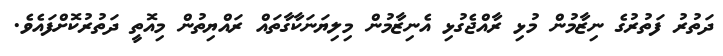
ދަތުރު ފަތުރުގެ ނިޒާމުން މުޅި ރާއްޖެގުޅި އެނިޒާމުން މިލިޔަނަކާގާތައް ރައްޔިތުން މިއޮތީ ދަތުރުކޮށްފައެވެ.